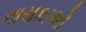
નાયકાઓ